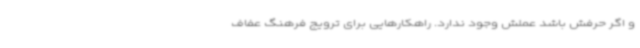
و اگر حرفش باشد عملش وجود ندارد. راهکارهایی برای ترویج فرهنگ عفاف